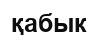
қабык